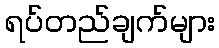
ရပ်တည်ချက်များ